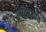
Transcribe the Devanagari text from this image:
उपविषयात